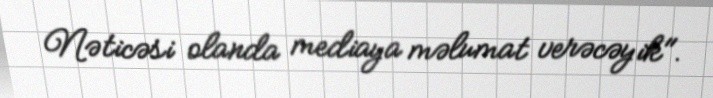
Nəticəsi olanda mediaya məlumat verəcəyik".